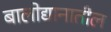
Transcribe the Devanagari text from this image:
बालोद्यानातील